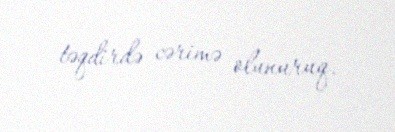
təqdirdə cərimə olunuruq.